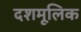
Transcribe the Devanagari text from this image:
दशमूलिक